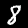
Digit: 8